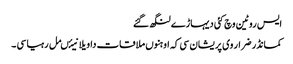
ایس روٹین وچ کئی دیہاڑے لنگھ گئے
کمانڈر ضرار وی پریشان سی کہ اوہنوں ملاقات دا ویلا نیئںمل رہیا سی ۔